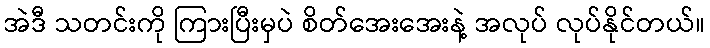
အဲဒီ သတင်းကို ကြားပြီးမှပဲ စိတ်အေးအေးနဲ့ အလုပ် လုပ်နိုင်တယ်။